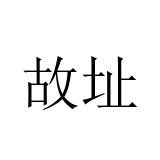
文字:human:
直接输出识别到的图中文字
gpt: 故址